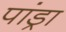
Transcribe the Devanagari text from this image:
पांड्रा